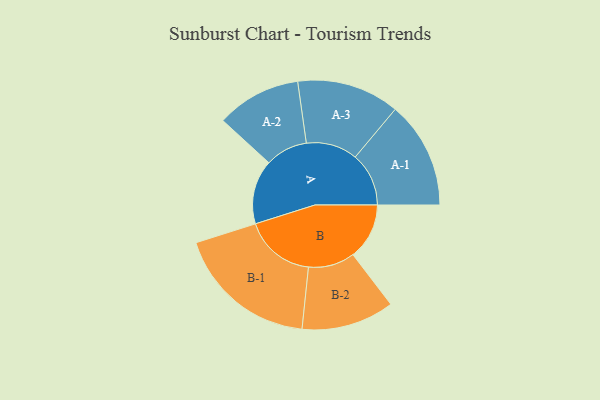
{"axis": {"x": "Segment", "y": "Value"}, "legend": ["", "A", "B"], "data": [{"x": "A", "y": 234, "type": ""}, {"x": "B", "y": 205, "type": ""}, {"x": "A-1", "y": 195, "type": "A"}, {"x": "A-2", "y": 154, "type": "A"}, {"x": "A-3", "y": 187, "type": "A"}, {"x": "B-1", "y": 259, "type": "B"}, {"x": "B-2", "y": 169, "type": "B"}]}